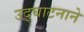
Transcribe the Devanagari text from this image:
उद्घाटनाने